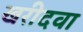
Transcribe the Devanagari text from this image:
खरीदवा